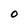
Character: O